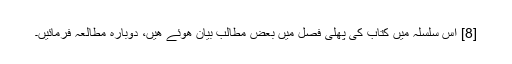
[8] اس سلسلہ میں کتاب کی پھلی فصل میں بعض مطالب بیان ھوئے ھیں، دوبارہ مطالعہ فرمائیں۔